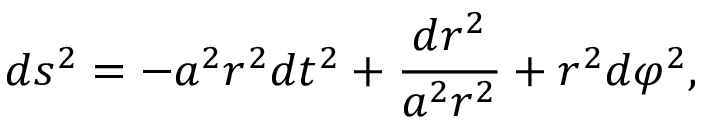
d s ^ { 2 } = - a ^ { 2 } r ^ { 2 } d t ^ { 2 } + \frac { d r ^ { 2 } } { a ^ { 2 } r ^ { 2 } } + r ^ { 2 } d \varphi ^ { 2 } ,